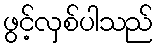
ဖွင့်လှစ်ပါသည်